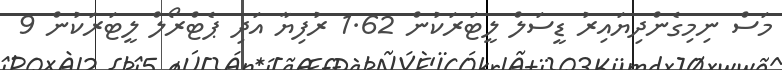
މަސް ނިމިގެންދިޔައިރު ޑީސަލް ލީޓަރަކުން 1.62 ރުފިޔާ އަދި ޕެޓްރޯލް ލީޓަރަކުން 9